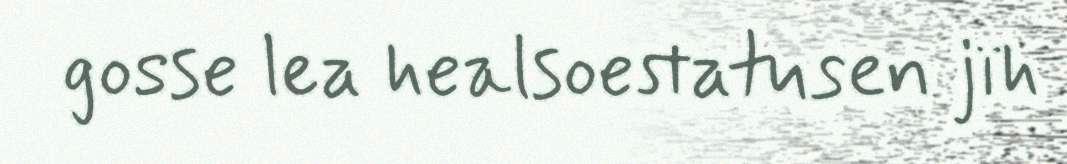
gosse lea healsoestatusen jïh